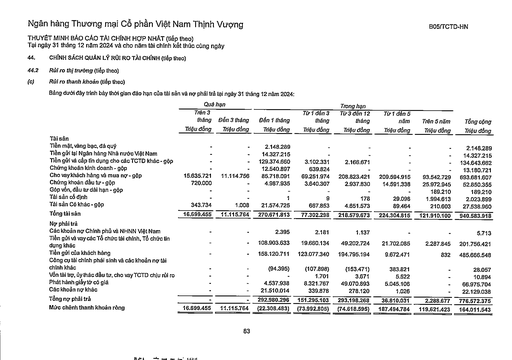
||Quá|hạn|||Trong hạn|||| |---|---|---|---|---|---|---|---|---| ||Trên 3 tháng Triệu đồng|Đến 3 tháng Triệu đồng|Đến 1 tháng Triệu đồng|Từ 1 đến 3 tháng Triệu đồng|Từ 3 đến 12 tháng Triệu đồng|Từ 1 đến 5 năm Triệu đồng|Trên 5 năm Triệu đồng|Tổng cộng Triệu đồng| |Tài sản||||||||| |Tiền mặt, vàng bạc, đá quý|-|-|2.148.289|-|-|-|-|2.148.289| |Tiền gửi tại Ngân hàng Nhà nước Việt Nam|-|-|14.327.215|-|-|-|-|14.327.215| |Tiền gửi và cấp tín dụng cho các TCTD khác - gộp|-|-|129.374.660|3.102.331|2.166.671|-|-|134.643.662| |Chứng khoán kinh doanh - gộp|-|-|12.540.897|639.824|-|-|-|13.180.721| |Cho vay khách hàng và mua nợ - gộp|15.635.721|11.114.756|85.718.091|69.251.974|208.823.421|209.594.915|93.542.729|693.681.607| |Chứng khoán đầu tư - gộp|720.000|-|4.987.935|3.640.307|2.937.830|14.591.338|25.972.945|52.850.355| |Góp vốn, đầu tư dài hạn - gộp|-|-|-|-|-|-|189.210|189.210| |Tài sản cố định||-|1|9|178|29.098|1.994.613|2.023.899| |Tài sản có khác - gộp|343.734|1.008|21.574.725|667.853|4.651.573|89.464|210.603|27.538.960| |Tổng tài sản|16.699.455|11.115.764|270.671.813|77.302.298|218.579.673|224.304.815|121.910.100|940.583.918| |Nợ phải trả||||||||| |Các khoản nợ Chính phủ và NHNN Việt Nam|-|-|2.395|2.181|1.137|-|-|5.713| |Tiền gửi và vay các Tổ chức tài chính, Tổ chức tín dụng khác|-|-|108.903.633|19.660.134|49.202.724|21.702.085|2.287.845|201.756.421| |Tiền gửi của khách hàng|-|-|158.120.711|123.077.340|194.795.194|9.672.471|832|485.666.548| |Công cụ tài chính phái sinh và các khoản nợ tài chính khác|-|-|(94.395)|(107.898)|(153.471)|383.821|-|28.057| |Vốn tài trợ, ủy thác đầu tư, cho vay TCTD chịu rủi ro|-|-|-|1.701|3.671|5.522|-|10.894| |Phát hành giấy tờ có giá|-|-|4.537.938|8.321.767|49.070.893|5.045.106|-|66.975.704| |Các khoản nợ khác|-|-|21.510.014|339.878|278.120|1.026|-|22.129.038| |Tổng nợ phải trả|-|-|292.980.296|151.295.103|293.198.268|36.810.031|2.288.677|776.572.375| |Mức chênh thanh khoản ròng|16.699.455|11.115.764|(22.308.483)|(73.992.805)|(74.618.595)|187.494.784|119.621.423|164.011.543|